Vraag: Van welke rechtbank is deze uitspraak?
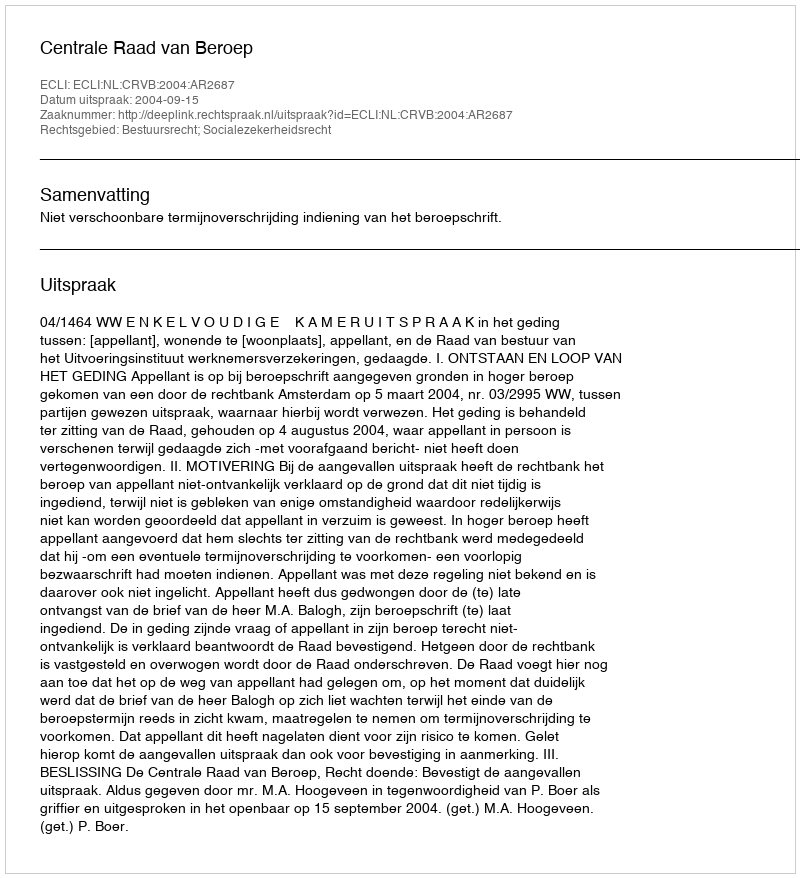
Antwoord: Centrale Raad van Beroep